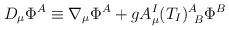
LaTeX: \begin{align*}D_{\mu}\Phi^A\equiv \nabla_\mu\Phi^A + g A_{\mu}^I(T_I)^A_{\,\,\,B}\Phi^B\end{align*}